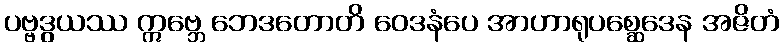
ပဗ္ဗဒွယဿ ဣဗ္ဘေ ဘေဒတောတိ ဝေဒနံပေ အာဟာရုပစ္ဆေဒေန အဇိတံ